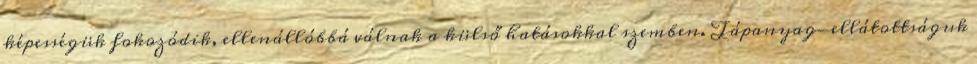
képességük fokozódik, ellenállóbbá válnak a külső hatásokkal szemben. Tápanyag-ellátottságuk